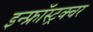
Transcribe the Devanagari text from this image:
इन्फ्रॉस्ट्रक्चर